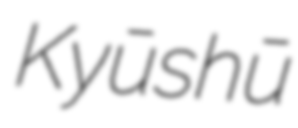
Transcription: Kyūshū